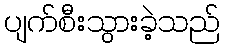
ပျက်စီးသွားခဲ့သည်